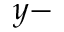
y -